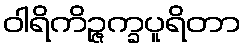
ဝါရိကိဉ္ဇက္ခပူရိတာ